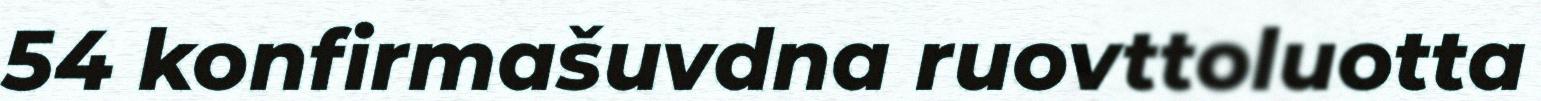
54 konfirmašuvdna ruovttoluotta